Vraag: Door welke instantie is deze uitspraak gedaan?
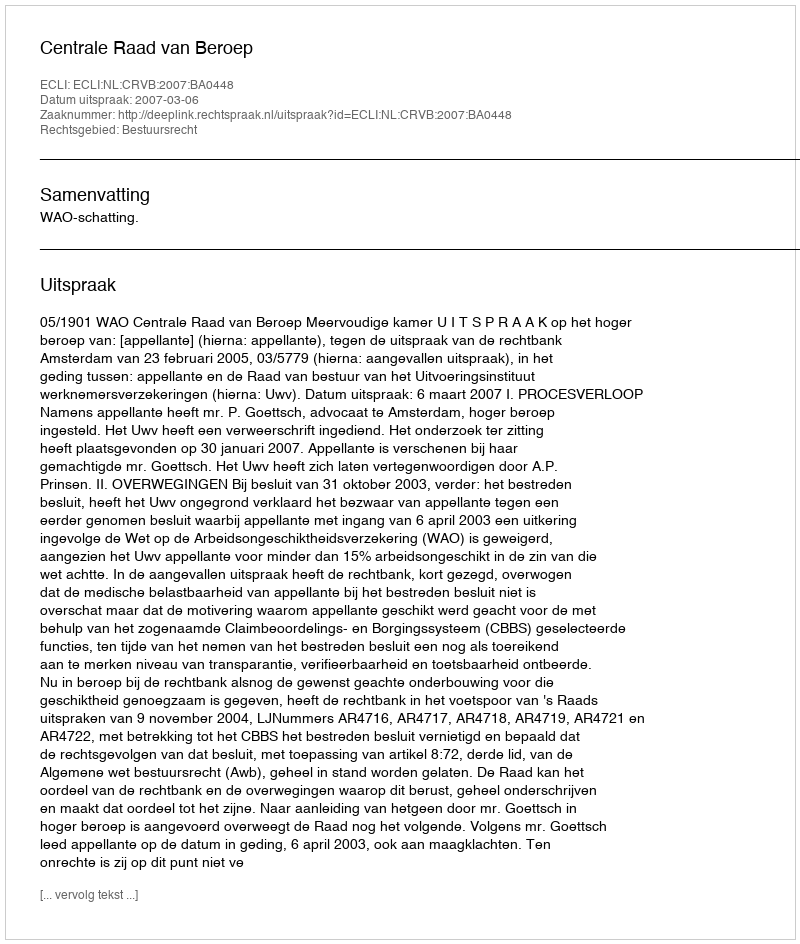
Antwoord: Centrale Raad van Beroep